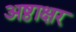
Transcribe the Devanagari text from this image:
अष्ठाक्षर